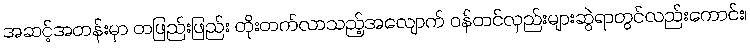
အဆင့်အတန်းမှာ တဖြည်းဖြည်း တိုးတက်လာသည့်အလျောက် ဝန်တင်လှည်းများဆွဲရာတွင်လည်းကောင်း၊